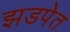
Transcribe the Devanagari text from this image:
झडपेत